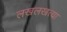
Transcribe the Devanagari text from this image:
लखलखत्या